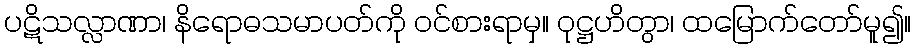
ပဋိသလ္လာဏာ၊ နိရောဓသမာပတ်ကို ဝင်စားရာမှ။ ဝုဋ္ဌဟိတွာ၊ ထမြောက်တော်မူ၍။